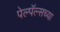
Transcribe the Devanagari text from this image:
पेल्पॅल्सच्या